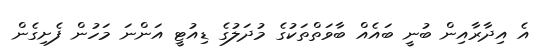
އެ އިދާރާއިން ބުނީ ބައެއް ބާވަތްތަކުގެ މުދަލުގެ ޑިއުޓީ އަންނަ މަހުން ފެށިގެން